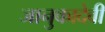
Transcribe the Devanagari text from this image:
जानुकादेवी